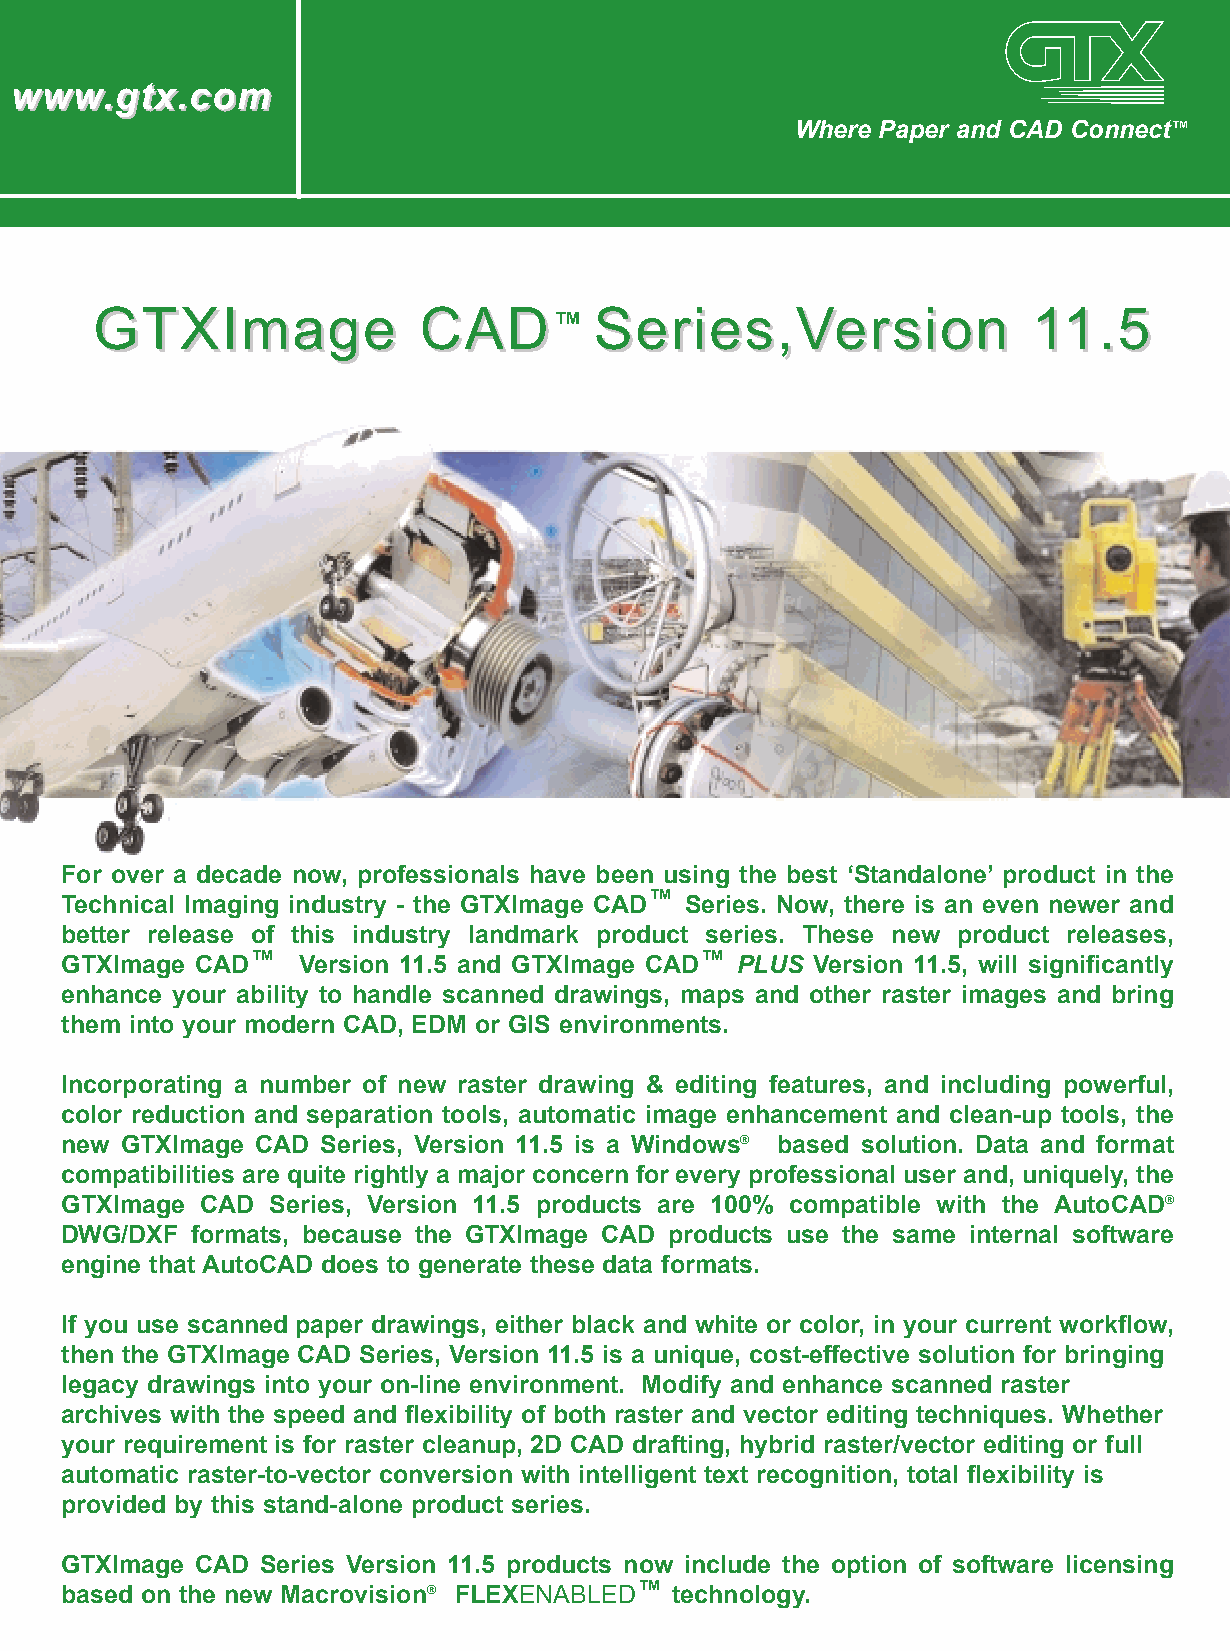
wwwwww..ggttxx..ccoomm
 Where Paper and CAD Connect™
 GGTTXXIImmaaggee      CCAADD™    SSeerriieess,,VVeerrssiioonn 1111..55
 For over a decade now, professionals have been using the best ‘Standalone’ product in the
 Technical Imaging industry - the GTXImage CAD™ Series. Now, there is an even newer and
 better release of this industry landmark product series. These new product releases,
 GTXImage CAD™   Version 11.5 and GTXImage CAD™ PLUS Version 11.5, will significantly
 enhance your ability to handle scanned drawings, maps and other raster images and bring
 them into your modern CAD, EDM or GIS environments.
 Incorporating a number of new raster drawing & editing features, and including powerful,
 color reduction and separation tools, automatic image enhancement and clean-up tools, the
 new GTXImage CAD Series, Version 11.5 is a Windows® based solution. Data and format
 compatibilities are quite rightly a major concern for every professional user and, uniquely, the
 GTXImage CAD  Series, Version 11.5 products are 100% compatible with the AutoCAD®
 DWG/DXF  formats, because the GTXImage CAD products use the same internal software
 engine that AutoCAD does to generate these data formats.
 If you use scanned paper drawings, either black and white or color, in your current workflow,
 then the GTXImage CAD Series, Version 11.5 is a unique, cost-effective solution for bringing
 legacy drawings into your on-line environment. Modify and enhance scanned raster
 archives with the speed and flexibility of both raster and vector editing techniques. Whether
 your requirement is for raster cleanup, 2D CAD drafting, hybrid raster/vector editing or full
 automatic raster-to-vector conversion with intelligent text recognition, total flexibility is
 provided by this stand-alone product series.
 GTXImage CAD Series Version 11.5 products now include the option of software licensing
 based on the new Macrovision® FLEXENABLED™ technology.